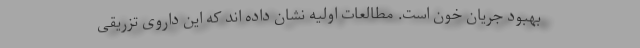
بهبود جریان خون است. مطالعات اولیه نشان داده اند که این داروی تزریقی